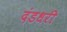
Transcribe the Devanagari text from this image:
दंडधरी